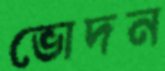
ভোদন